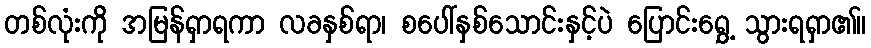
တစ်လုံးကို အမြန်ရှာရကာ လခနှစ်ရာ၊ စပေါ်နှစ်သောင်းနှင့်ပဲ ပြောင်းရွှေ့ သွားရရှာ၏။